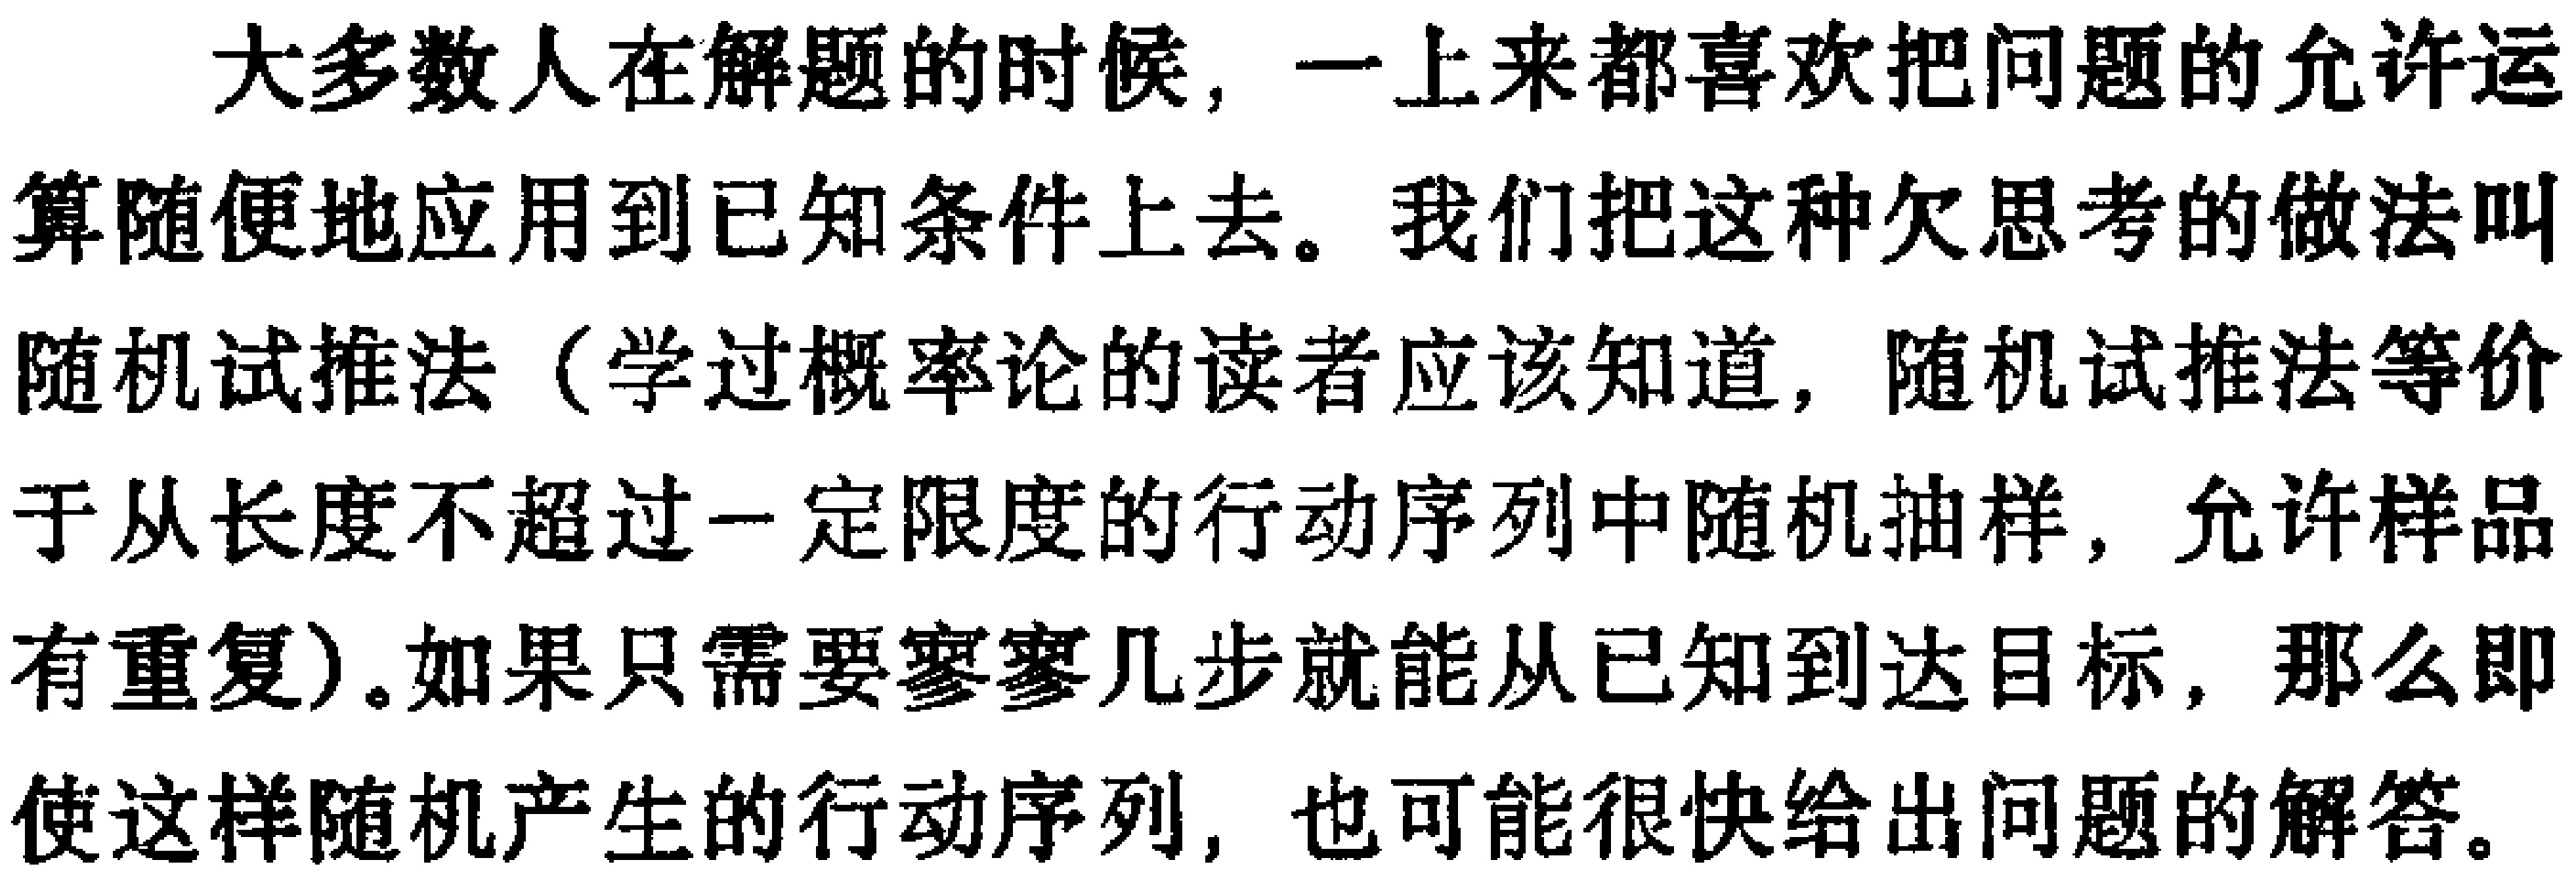
大多数人在解题的时候，一上来都喜欢把问题的允许运算随便地应用到已知条件上去。我们把这种欠思考的做法叫随机试推法（学过概率论的读者应该知道，随机试推法等价于从长度不超过一定限度的行动序列中随机抽样，允许样品有重复）。如果只需要寥寥几步就能从已知到达目标，那么即使这样随机产生的行动序列，也可能很快给出问题的解答。